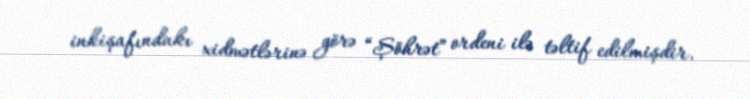
inkişafındakı xidmətlərinə görə “Şöhrət” ordeni ilə təltif edilmişdir.